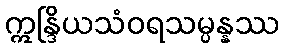
ဣန္ဒြိယသံဝရသမ္ပန္နဿ